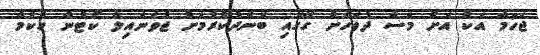
ޖެހުމާ އެކު އަށް މަސް ދުވަހަށް ގޭގައި ބަންދުކުރުމަށް ޖުވެނައިލް ކޯޓުން ހުކުމް